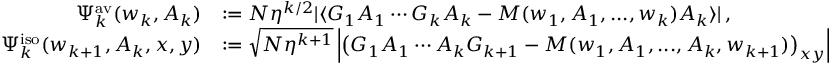
\begin{array} { r l } { \Psi _ { k } ^ { \mathrm { a v } } ( \boldsymbol { w } _ { k } , \boldsymbol { A } _ { k } ) } & { : = N \eta ^ { k / 2 } | \langle G _ { 1 } A _ { 1 } \cdots G _ { k } A _ { k } - M ( w _ { 1 } , A _ { 1 } , . . . , w _ { k } ) A _ { k } \rangle | \, , } \\ { \Psi _ { k } ^ { \mathrm { i s o } } ( \boldsymbol { w } _ { k + 1 } , \boldsymbol { A } _ { k } , \boldsymbol { x } , \boldsymbol { y } ) } & { : = \sqrt { N \eta ^ { k + 1 } } \left\vert \big ( G _ { 1 } A _ { 1 } \cdots A _ { k } G _ { k + 1 } - M ( w _ { 1 } , A _ { 1 } , . . . , A _ { k } , w _ { k + 1 } ) \big ) _ { \boldsymbol { x } \boldsymbol { y } } \right\vert } \end{array}